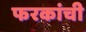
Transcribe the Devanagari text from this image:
फरकांची